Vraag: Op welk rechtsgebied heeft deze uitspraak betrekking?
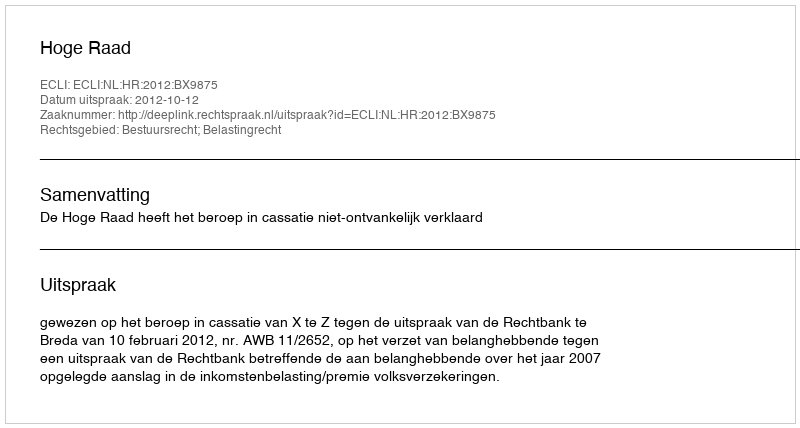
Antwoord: Bestuursrecht; Belastingrecht